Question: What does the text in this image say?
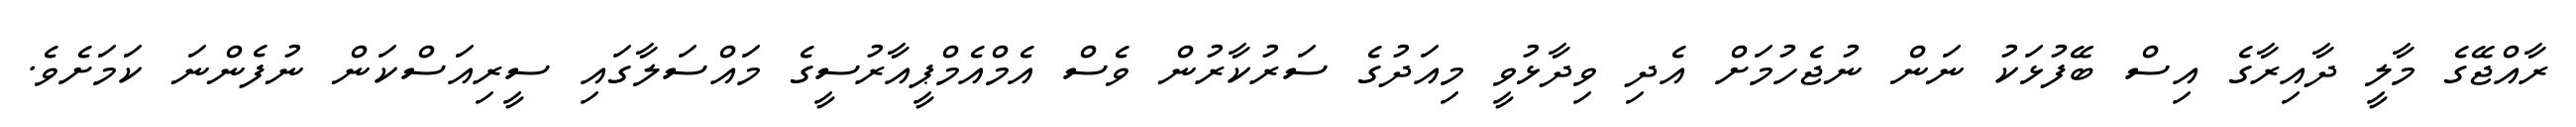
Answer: ރާއްޖޭގެ މާލީ ދާއިރާގެ އިސް ބޭފުޅަކު ނަން ނުޖެހުމަށް އެދި ވިދާޅުވީ މިއަދުގެ ސަރުކާރުން ވެސް އެމްއެމްޕީއާރުސީގެ މައްސަލާގައި ސީރިއަސްކަން ނުފެންނަ ކަމަށެވެ.